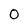
Character: 0